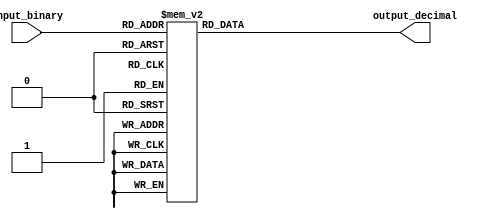
module BCD_decoder (
    input [3:0] input_binary,
    output reg [9:0] output_decimal
);

always @(*)
begin
    case(input_binary)
        4'b0000: output_decimal = 10'b0000000001;  // 0
        4'b0001: output_decimal = 10'b0000000010;  // 1
        4'b0010: output_decimal = 10'b0000000100;  // 2
        4'b0011: output_decimal = 10'b0000001000;  // 3
        4'b0100: output_decimal = 10'b0000010000;  // 4
        4'b0101: output_decimal = 10'b0000100000;  // 5
        4'b0110: output_decimal = 10'b0001000000;  // 6
        4'b0111: output_decimal = 10'b0010000000;  // 7
        4'b1000: output_decimal = 10'b0100000000;  // 8
        4'b1001: output_decimal = 10'b1000000000;  // 9
        default: output_decimal = 10'b0000000000;   // default
    endcase
end

endmodule